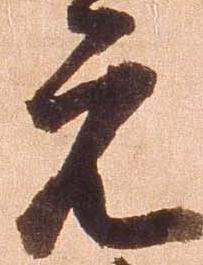
元